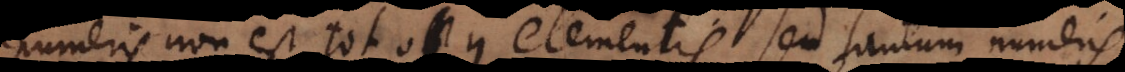
meris non est tot opus elementis, sed tantum numeris